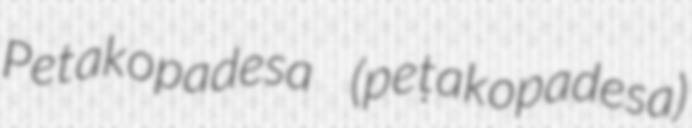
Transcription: Petakopadesa (peṭakopadesa)